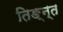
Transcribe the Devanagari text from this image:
तिङ्न्त